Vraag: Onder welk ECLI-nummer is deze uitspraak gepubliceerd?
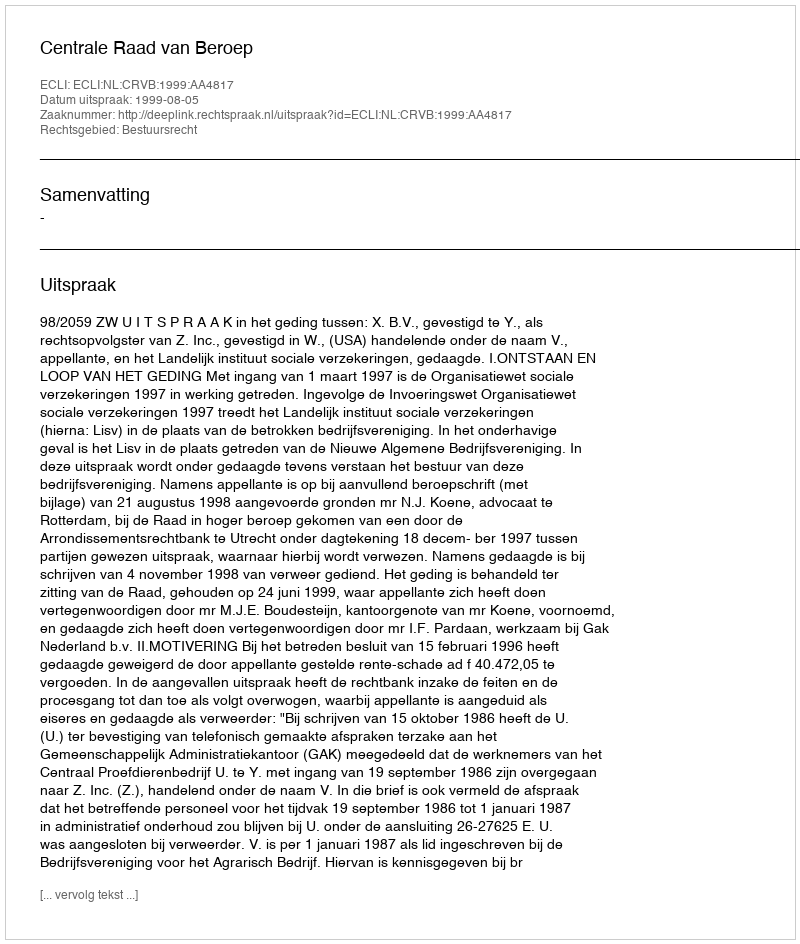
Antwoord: ECLI:NL:CRVB:1999:AA4817